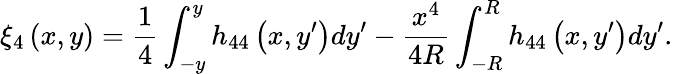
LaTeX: \xi_{4}\left(x,y\right)=\frac{1}{4}\int_{-y}^{y}h_{44}\left(x,y^{\prime}\right)dy^{\prime}-\frac{x^{4}}{4R}\int_{-R}^{R}h_{44}\left(x,y^{\prime}\right)dy^{\prime}.